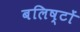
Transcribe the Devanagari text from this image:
बलिष्टों